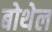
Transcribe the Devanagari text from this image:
बोथेल